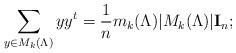
LaTeX: \begin{align*}\sum_{y\in M_k(\Lambda)} y y^t = \dfrac{1}{n} m_k(\Lambda) \lvert M_k(\Lambda)\rvert \mathbf{I}_n;\end{align*}